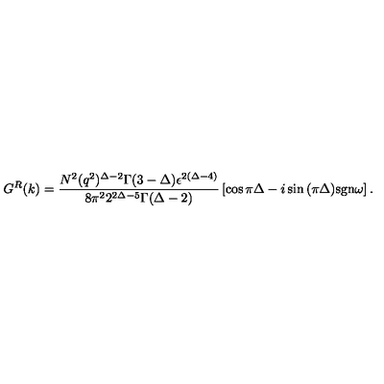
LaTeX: G ^ { R } ( k ) = { \frac { N ^ { 2 } ( q ^ { 2 } ) ^ { \Delta - 2 } \Gamma ( 3 - \Delta ) \epsilon ^ { 2 ( \Delta - 4 ) } } { 8 \pi ^ { 2 } 2 ^ { 2 \Delta - 5 } \Gamma ( \Delta - 2 ) } } \left[ \cos { \pi \Delta } - i \sin { ( \pi \Delta ) } \mathrm { s g n } \omega \right] .